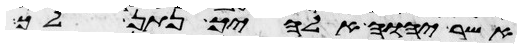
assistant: אשר יהוה אלהיך נתן לך